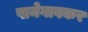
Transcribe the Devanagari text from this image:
पानेगावकर